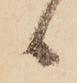
候